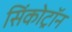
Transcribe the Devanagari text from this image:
सिंकोट्रॉन